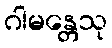
ဂါမန္တေသု